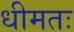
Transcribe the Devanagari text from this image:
धीमतः